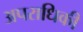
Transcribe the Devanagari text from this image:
अपराधिकी